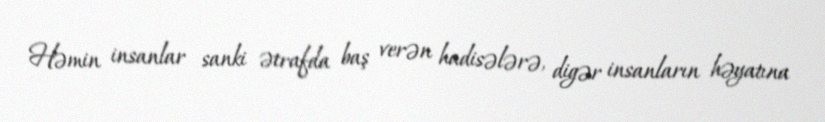
Həmin insanlar sanki ətrafda baş verən hadisələrə, digər insanların həyatına